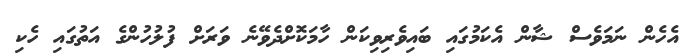
އެހެން ނަމަވެސް ޝާން އެކަމުގައި ބައިވެރިވިކަން ހާމަކޮށްދެވޭނެ ވަރަށް ފުލުހުންގެ އަތުގައި ހެކި